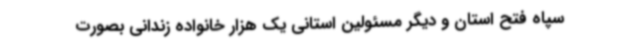
سپاه فتح استان و دیگر مسئولین استانی یک هزار خانواده زندانی بصورت